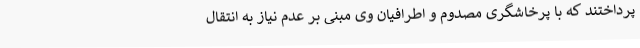
پرداختند که با پرخاشگری مصدوم و اطرافیان وی مبنی بر عدم نیاز به انتقال